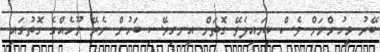
ބޭރު މީހުންނަށް ވެސް ކިޔައިލެވޭ ގޮތަށް އިނގިރޭސި ބަހުން ނެރޭ ނޫހެއްގެ ގޮތުގައި